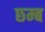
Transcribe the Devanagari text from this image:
छ्म्ब